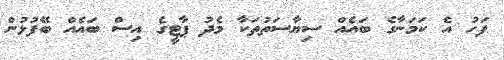
ފަހު އެ ކަމަނާގެ ބައެއް ސިޔާސަތުތަކާ މެދު ޕާޓީގެ އިސް ބައެއް ބޭފުޅުން